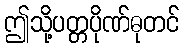
ဤသို့ပတ္တပိုဏ်ဓုတင်